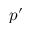
p ^ { \prime }